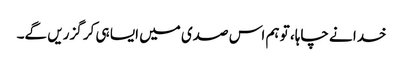
خدا نے چاہا، تو ہم اس صدی میں ایسا ہی کر گزریں گے۔